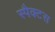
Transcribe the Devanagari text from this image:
स्पैक्टस